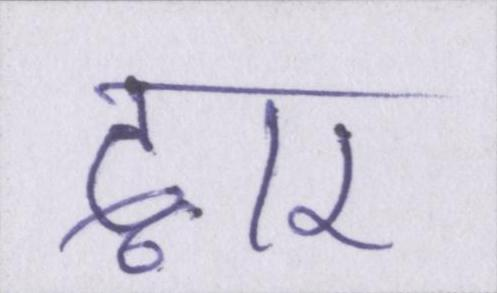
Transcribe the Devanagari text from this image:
द्वार